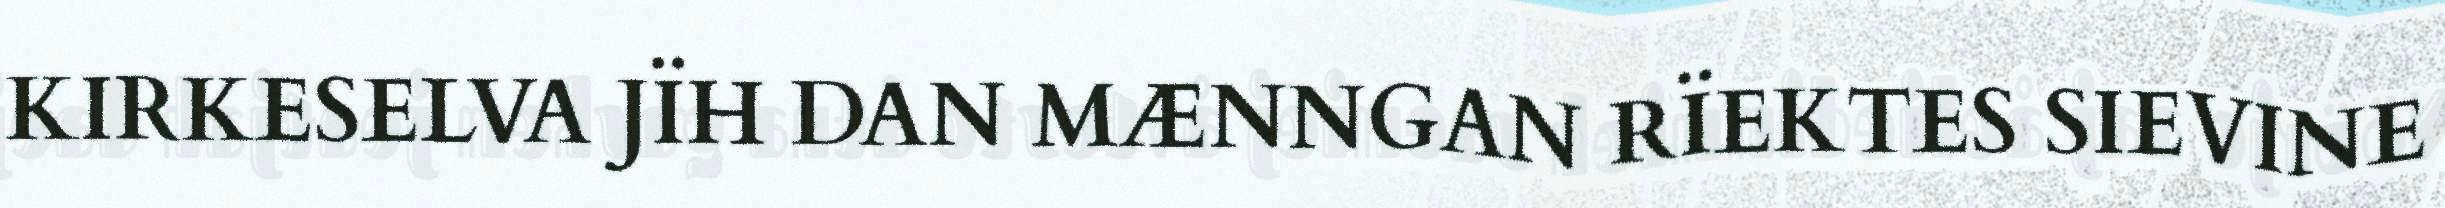
KIRKESELVA JÏH DAN MÆNNGAN RÏEKTES SIEVINE